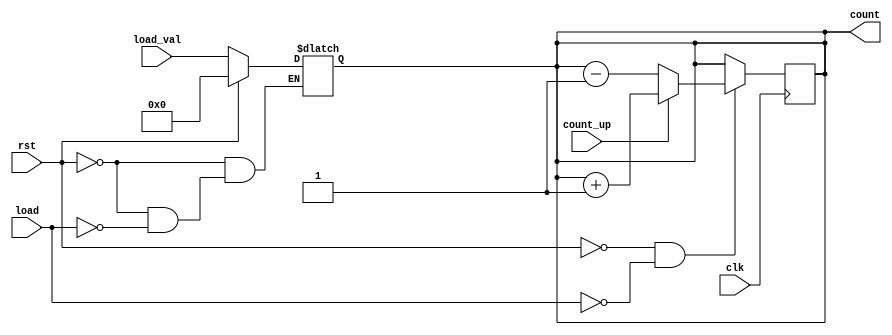
module async_load_counter (
    input wire clk,               // Clock signal
    input wire rst,               // Asynchronous reset signal
    input wire load,              // Asynchronous load signal
    input wire [3:0] load_val,    // Value to load into the counter
    input wire count_up,          // Count direction control signal
    output reg [3:0] count        // Current counter value
);

    // Asynchronous reset and load logic
    always @(*) begin
        if (rst) begin
            count = 4'b0000;       // Reset counter to 0
        end else if (load) begin
            count = load_val;      // Load specified value
        end
    end

    // Synchronous counting logic
    always @(posedge clk) begin
        if (!rst && !load) begin
            if (count_up) begin
                count <= count + 1; // Increment counter
            end else begin
                count <= count - 1; // Decrement counter
            end
        end
    end

endmodule